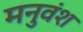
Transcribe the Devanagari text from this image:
मनुवंश